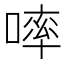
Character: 𠻜